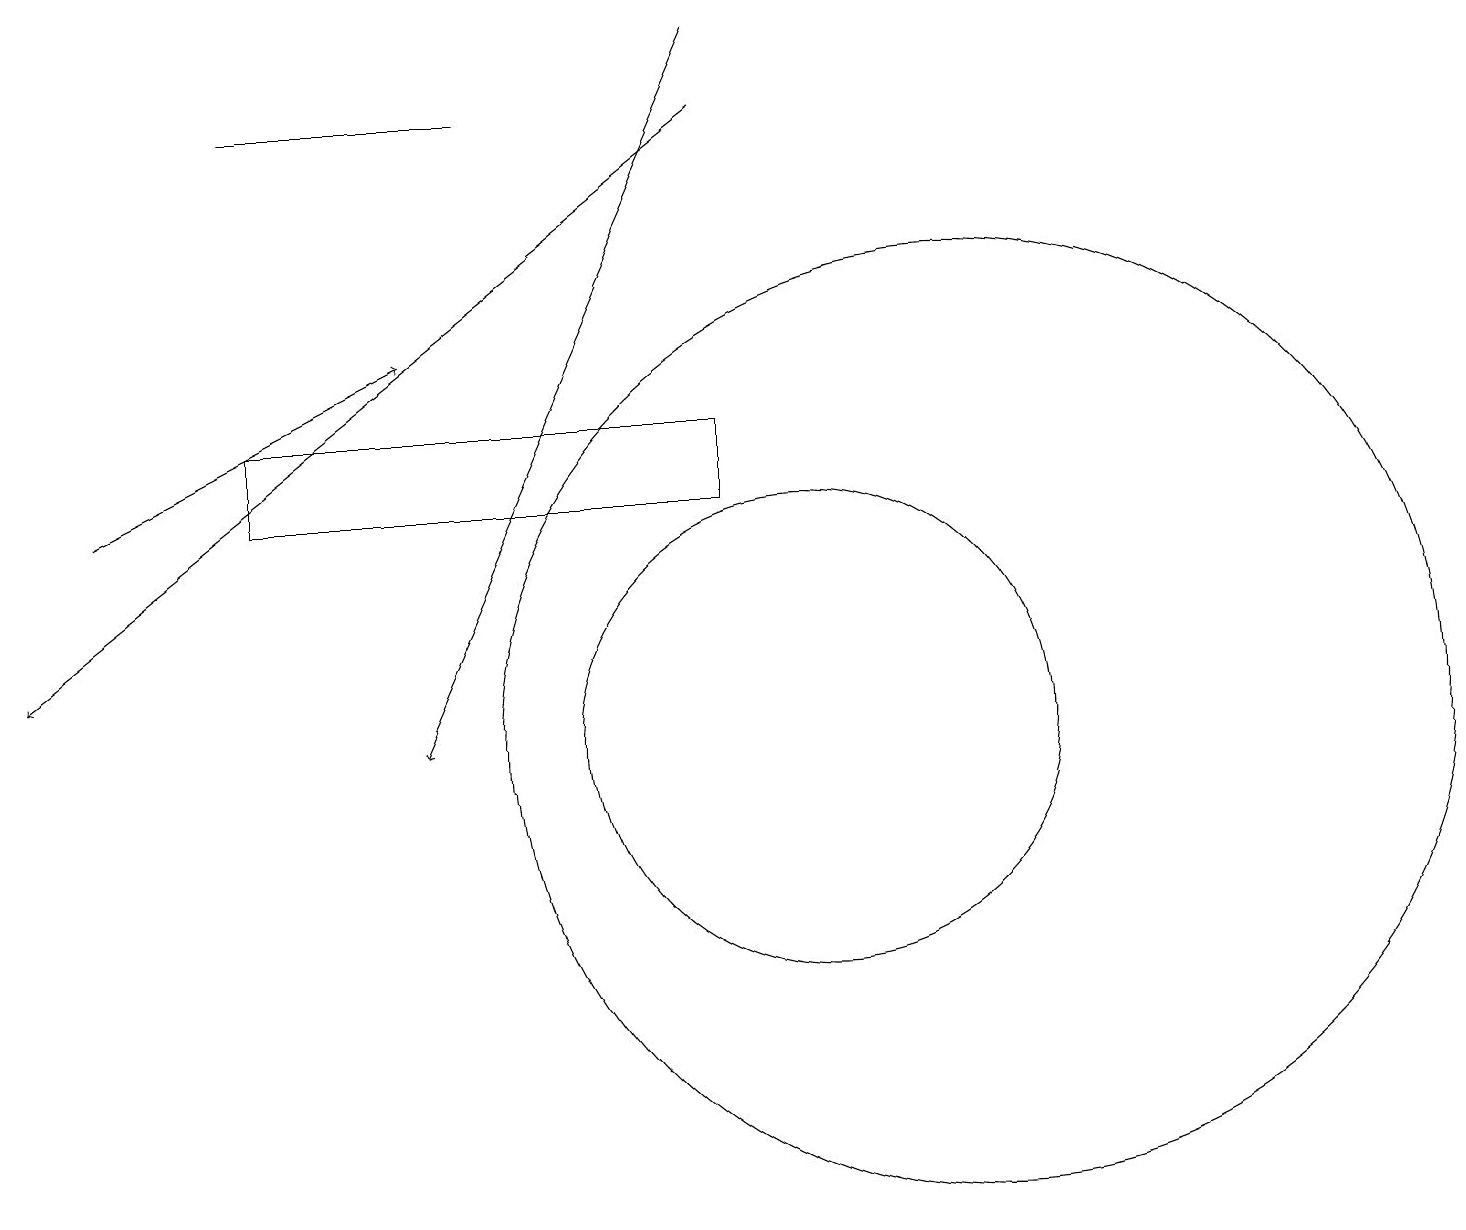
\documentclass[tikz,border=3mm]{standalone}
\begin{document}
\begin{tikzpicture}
\draw[->] (9,18) -- (0,11);
\draw (10,10) circle (3);
\draw (6,18) rectangle (3,18);
\draw[->] (1,13) -- (5,15);
\draw (9,13) rectangle (3,14);
\draw[->] (9,19) -- (5,10);
\draw (12,10) circle (6);
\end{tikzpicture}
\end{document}